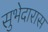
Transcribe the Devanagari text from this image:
सुभेदारास